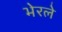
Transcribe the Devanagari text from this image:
भेरले